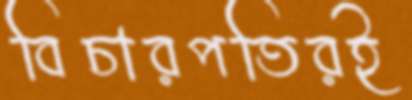
বিচারপতিরই